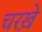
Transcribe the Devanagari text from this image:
चरख़े